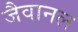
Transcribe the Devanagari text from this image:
जैवानल